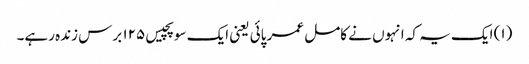
(۱) ایک یہ کہ انہوں نے کامل عمر پائی یعنی ایک سو پچیس ۱۲۵ برس زندہ رہے۔